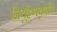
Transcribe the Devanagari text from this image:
निर्यूहणकृति